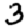
Digit: 3